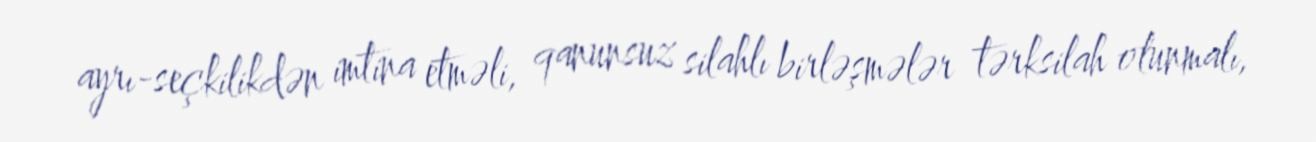
ayrı-seçkilikdən imtina etməli, qanunsuz silahlı birləşmələr tərksilah olunmalı,